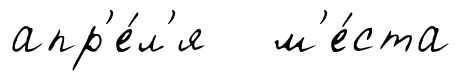
апр'е́л'я м'е́ста